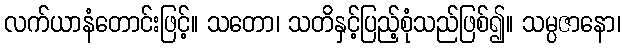
လက်ယာနံတောင်းဖြင့်။ သတော၊ သတိနှင့်ပြည့်စုံသည်ဖြစ်၍။ သမ္ပဇာနော၊